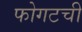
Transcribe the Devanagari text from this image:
फोगटची